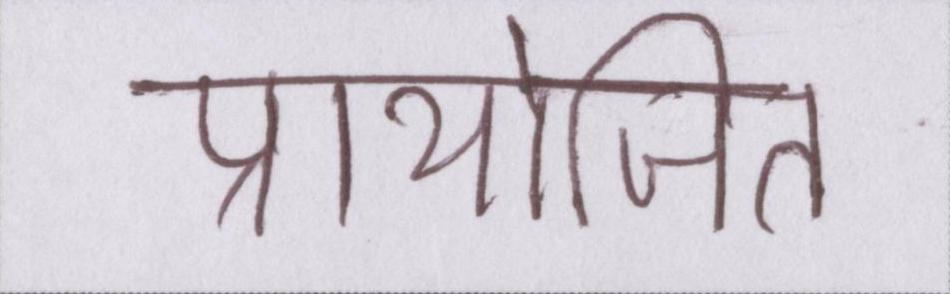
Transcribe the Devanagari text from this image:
प्रायोजित